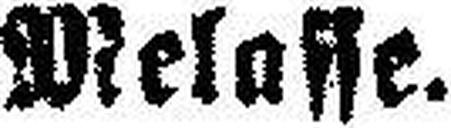
Melasse.